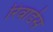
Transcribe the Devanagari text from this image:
रिवार्डस